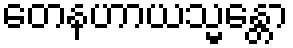
တေနဟာယသ္မန္တော